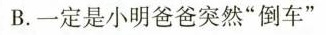
B.一定是小明爸爸突然”倒车”